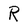
Character: R